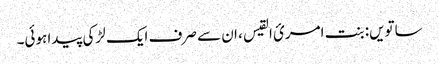
ساتویں: بنت امریٴ القیس ، ان سے صرف ایک لڑکی پیدا ہوئی۔